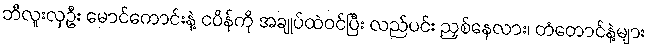
ဘီလူးလှဦး မောင်ကောင်းနဲ့ ငပိန်ကို အချုပ်ထဲဝင်ပြီး လည်ပင်း ညှစ်နေလား၊ တံတောင်နဲ့များ